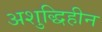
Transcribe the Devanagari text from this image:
अशुद्धिहीन